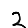
Digit: 2